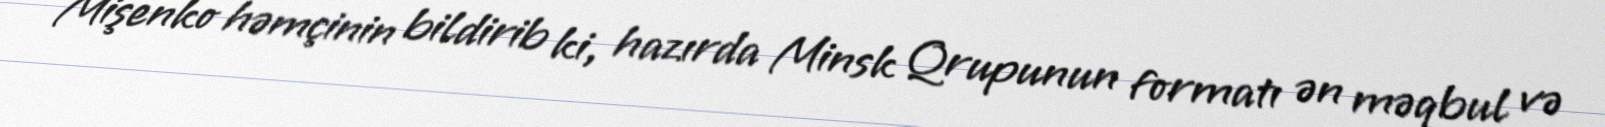
Mişenko həmçinin bildirib ki, hazırda Minsk Qrupunun formatı ən məqbul və